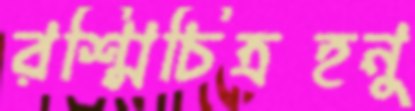
রশ্মিচিত্রহনু